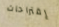
إقتراحات